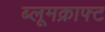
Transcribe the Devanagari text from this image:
ब्लूमक्राफ्ट